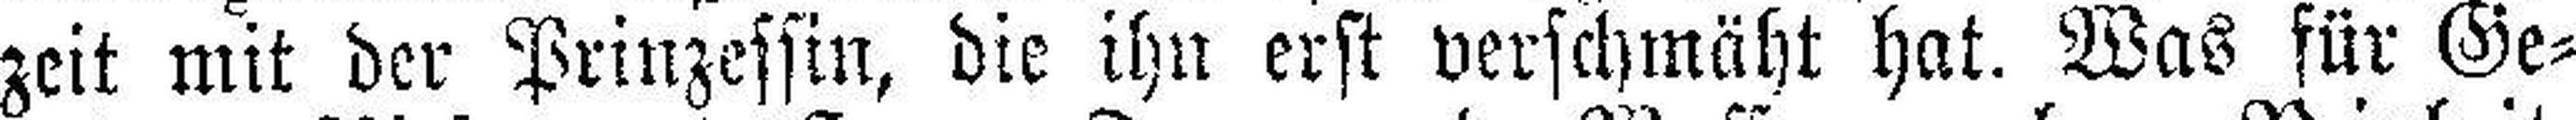
zeit mit der Prinzessin, die ihn erst verschmäht hat. Was für Ge¬